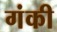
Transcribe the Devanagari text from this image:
गंकी